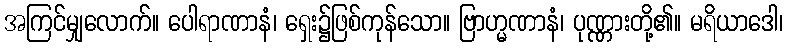
အကြင်မျှလောက်။ ပေါရာဏာနံ၊ ရှေး၌ဖြစ်ကုန်သော။ ဗြာဟ္မဏာနံ၊ ပုဏ္ဏားတို့၏။ မရိယာဒေါ၊